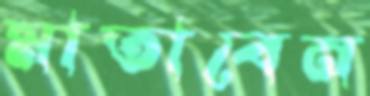
মাতাবেন